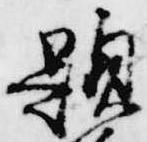
題